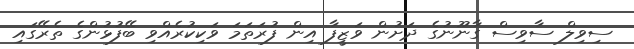
ސިވިލް ސާވިސް ގާނޫނުގެ ދަށުން ވަޒީފާ އިން ފުރަތަމަ ވަކިކުރެއްވި ބޭފުޅުންގެ ތެރޭގައި